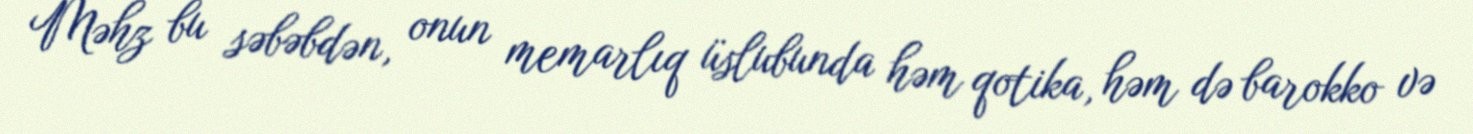
Məhz bu səbəbdən, onun memarlıq üslubunda həm qotika, həm də barokko və